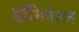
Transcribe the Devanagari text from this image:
डॉमिनेशन